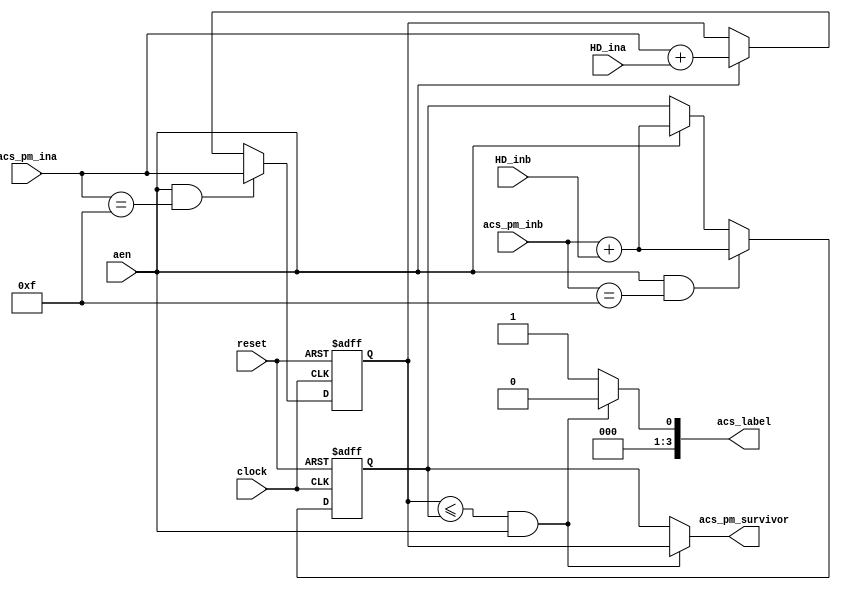
module Add_Compare(acs_pm_survivor, acs_label, acs_pm_ina, HD_ina, acs_pm_inb, HD_inb, aen, clock, reset
    );
output [3:0] acs_pm_survivor;
output [3:0] acs_label;
input [3:0] acs_pm_ina;
input [3:0] acs_pm_inb;
input [1:0] HD_ina;
input [1:0] HD_inb;
input aen;
input clock;
input reset;

reg [3:0] acs_pm_survivor;
reg  acs_label; 
reg [3:0] suma;
reg [3:0] sumb;

always@(posedge clock or posedge reset)
begin
if(reset)
suma<=0;
else
begin
if(aen && acs_pm_ina== 4'b1111)
suma<=acs_pm_ina;
else if(aen)
suma<=acs_pm_ina + HD_ina;
end
end

always@(posedge clock or posedge reset)
begin
if(reset)
sumb<=0;
else if(aen && acs_pm_inb==4'b1111)
sumb<=acs_pm_inb + HD_inb;
else if(aen)
sumb<=acs_pm_inb+HD_inb;
end

always@(suma or sumb)
begin
if(suma<=sumb && aen)
begin
acs_pm_survivor=suma;
acs_label=1'b0;
end
else
begin
acs_pm_survivor=sumb;
acs_label=1'b1;
end
end
endmodule